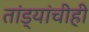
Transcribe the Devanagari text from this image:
तांड्यांचीही